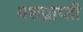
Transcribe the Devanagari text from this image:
यशप्राप्ती